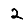
Digit: 2